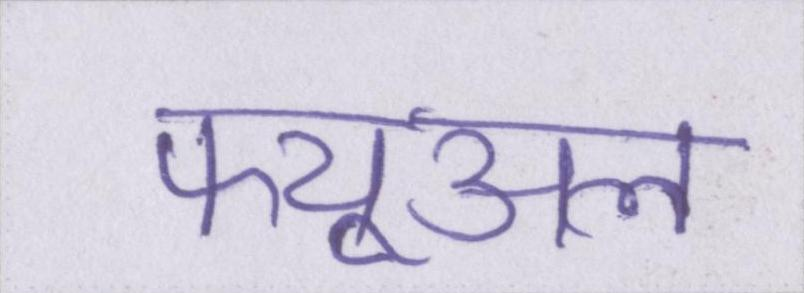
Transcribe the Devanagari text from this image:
फ्यूअल